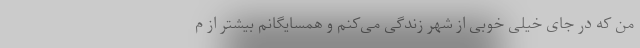
من که در جای خیلی خوبی از شهر زندگی می‌کنم و همسایگانم بیشتر از م